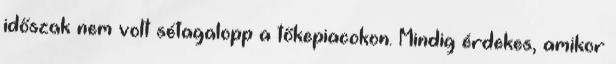
időszak nem volt sétagalopp a tőkepiacokon. Mindig érdekes, amikor